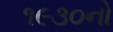
૧૯૩૦નો